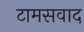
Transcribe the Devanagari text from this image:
टामसवाद